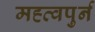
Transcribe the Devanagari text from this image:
मह्त्वपुर्न